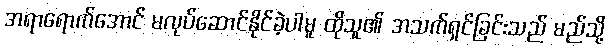
အရာရောက်အောင် မလုပ်ဆောင်နိုင်ခဲ့ပါမူ ထိုသူ၏ အသက်ရှင်ခြင်းသည် မည်သို့